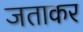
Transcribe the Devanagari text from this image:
जताकर